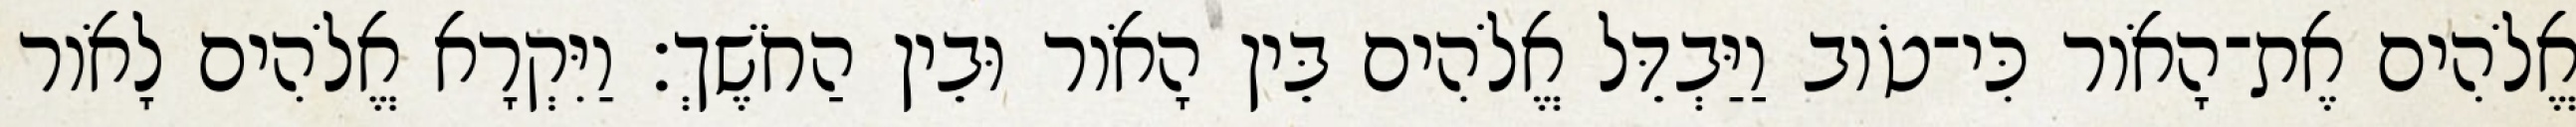
אֱלֹהִים אֶת־הָאֹור כִּי־טֹוב וַיַּבְדֵּל אֱלֹהִים בֵּין הָאֹור וּבֵין הַחֹשֶׁךְ׃ וַיִּקְרָא אֱלֹהִים לָאֹור